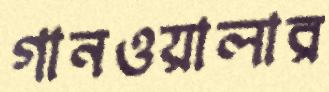
গানওয়ালার